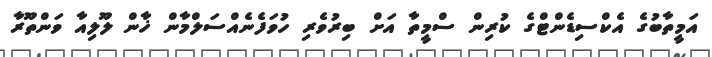
އަމީތާބުގެ އެކްސިޑެންޓްގެ ކުރިން ސްމީތާ އަށް ބިރުވެރި ހުވަފެނެއްސަލްމާން ޚާން ލޫލިއާ ވަންތޫރާ